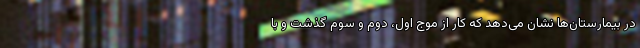
در بیمارستان‌ها نشان می‌دهد که کار از موج اول، دوم و سوم گذشت و با